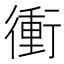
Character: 衝